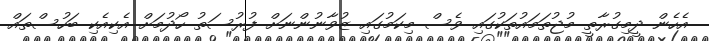
އެހެން ދީމިގުރާތީ މުޖުތަމައުތަކުގައި ވެސް މިކަމުގައި ޒުވާނުންނަށް ފުރުސަތު ހޯދުމަށް އެކިއެކި ބަހުސްތައް